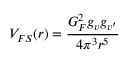
V _ { F S } ( r ) = { \frac { G _ { F } ^ { 2 } g _ { v } g _ { v ^ { \prime } } } { 4 \pi ^ { 3 } r ^ { 5 } } }